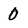
Character: 0